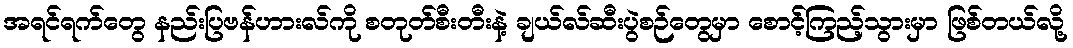
အရင်ရက်တွေ နည်းပြဗန်ဟားလ်ကို စတုတ်စီးတီးနဲ့ ချယ်လ်ဆီးပွဲစဉ်တွေမှာ စောင့်ကြည့်သွားမှာ ဖြစ်တယ်လို့